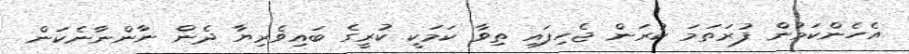
އެހެންކަމުން ފުރަތަމަ ކުރަން ޖެހިފައި ތިވާ ކަމަކީ ކުރީގެ ބައިވެރިޔާ ދެން ނާންނާނެކަން